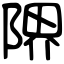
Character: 𨺬